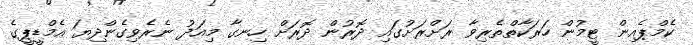
ކެމްޕެއިން ޓީމުން ހަރަކާތްތެރިވާ ރަށްރަށުގައި ދޮރުން ދޮރަށް ހިނގާ މިއަދު ނެރެވިގެންދިޔަ އެމްޑީޕީގެ